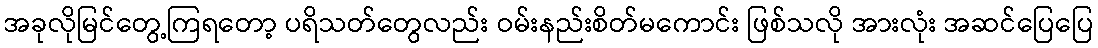
အခုလိုမြင်တွေ့ကြရတော့ ပရိသတ်တွေလည်း ဝမ်းနည်းစိတ်မကောင်း ဖြစ်သလို အားလုံး အဆင်ပြေပြေ